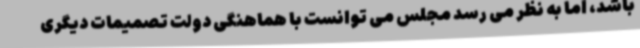
باشد، اما به نظر می رسد مجلس می توانست با هماهنگی دولت تصمیمات دیگری